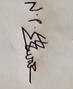
Signature authenticity: genuine